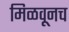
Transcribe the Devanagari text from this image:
मिळवूनच